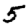
Digit: 5